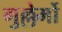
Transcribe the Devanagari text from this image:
गुल्लेर्मो